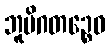
ဘူမိဂတဉ္စေဝ